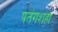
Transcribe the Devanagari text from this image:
पतंगशहा